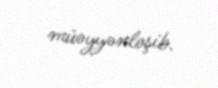
müəyyənləşib.